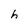
Character: h